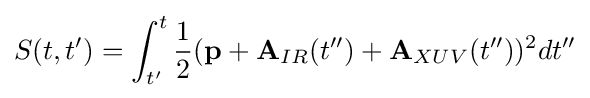
S(t,t')=\int _{t'}^{t}{\frac {1}{2}}({\textbf {p}}+{\textbf {A}}_{IR}(t'')+{\textbf {A}}_{XUV}(t''))^{2}dt''